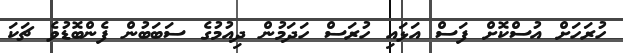
ހުރަހަށް އުސްކޮށް ފަސް އަޅައި ހުރަސް ހަދަމުން ދިއުމުގެ ސަބަބުން ފެންބޮޑުވެ ޗަކަ